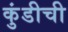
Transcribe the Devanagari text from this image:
कुंडीची